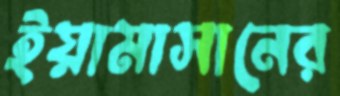
ইয়ামাসানের